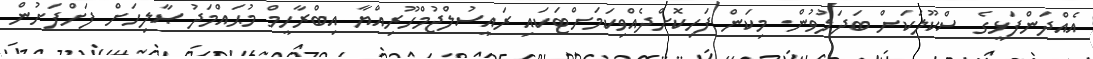
އެއްދަންފަޅީގެ ސްކޫލަކަށް ބަދަލުވުން. މިކަން ފަހިކޮށްދެއްވިކަމަށްޓަކައި ރައީސުލްޖުމްހޫރިއްޔާ އިބްރާހީމް މުޙައްމަދު ޞާލިހަށް ފަށްފަށުން